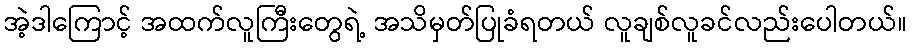
အဲ့ဒါကြောင့် အထက်လူကြီးတွေရဲ့ အသိမှတ်ပြုခံရတယ် လူချစ်လူခင်လည်းပေါတယ်။